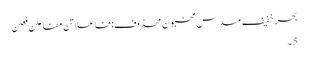
بحرِ خفیف مسدس مخبون محذوف:فاعلاتن مفاعلن فعِلن
5۔